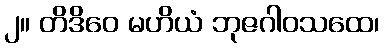
၂။ တိဒိဝေ မဟိယံ ဘုဇဂါဝသထေ၊